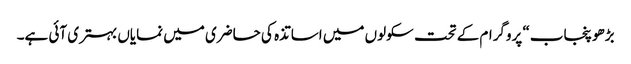
بڑھو پنجاب“ پروگرام کے تحت سکولوں میں اساتذہ کی حاضری میں نمایاں بہتری آئی ہے۔